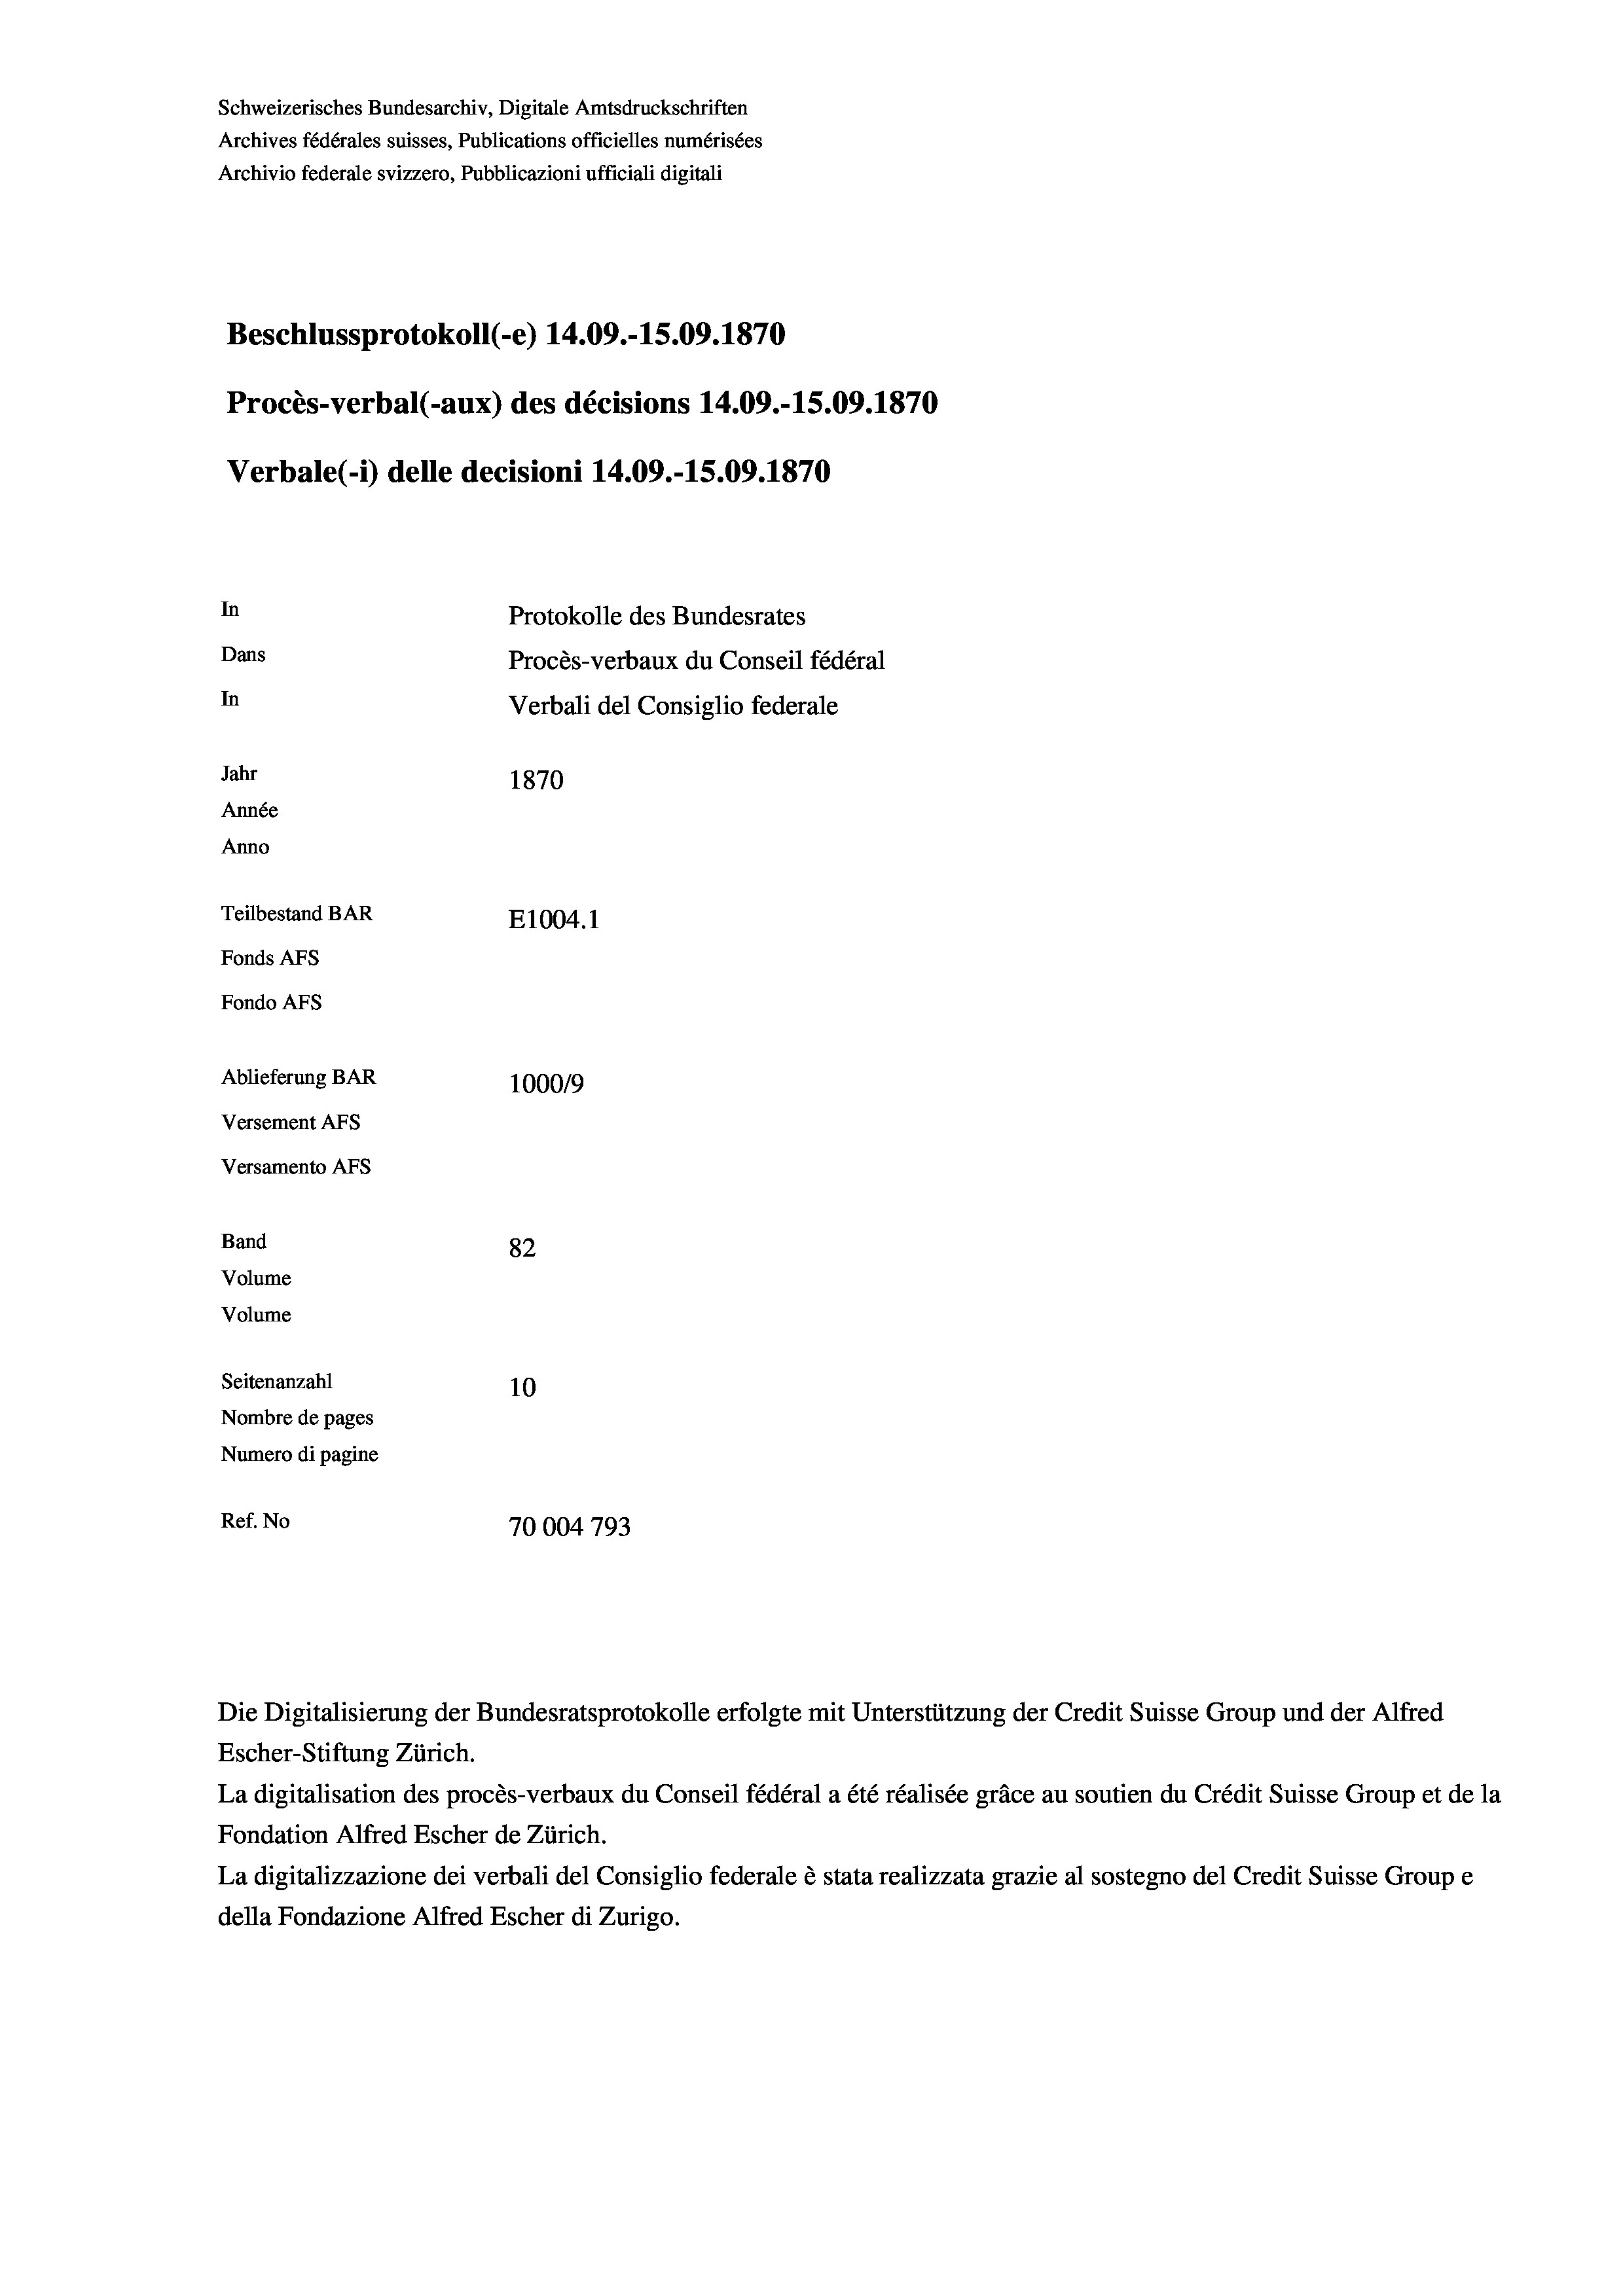
Schweizerisches Bundesarchiv, Digitale Amtsdruckschriften
Archives fédérales suisses, Publications officielles numérisées
Archivio federale svizzero, Pubblicazioni ufficiali digitali
Beschlussprotokoll (-e) 14.09.-15.09. 1870
Procès-verbal (-aux) des décisions 14.09.-15.09. 1870
Verbale (1) delle decisioni 14.09.-15.09. 1870
In
Protokolle des Bundesrates
Dans
Procès-verbaux du Conseil fédéral
In
Verbali del Consiglio federale
Jahr
1870
Année
Anno
Teilbestand BAR
E1004.1
Fonds AFs
Fondo AFS
Ablieferung BAR
100019
Versement AFs
Versamento AFs

Band
Volume

82
Seitenanzahl
10
Nombre de pages
Numero di pagine
Ref. No
70004 793

Volume

Die Digitalisierung der Bundesratsprotokolle erfolgte mit Unterstützung der Credit Suisse Group und der Alfred
Escher-Stiftung Zürich.
La digitalisation des procès-verbaux du Conseil fédéral a été réalisée gräce au soutien du Crédit Suisse Group et de la
Fondation Alfred Escher de Zürich.
La digitalizzazione dei verbali del Consiglio federale è stata realizzata grazie al sostegno del Credit Suisse Groupe
della Fondazione Alfred Escher di Zurigo.